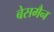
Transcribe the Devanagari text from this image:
बेसमैन